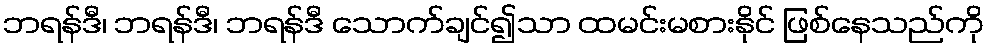
ဘရန်ဒီ၊ ဘရန်ဒီ၊ ဘရန်ဒီ သောက်ချင်၍သာ ထမင်းမစားနိုင် ဖြစ်နေသည်ကို